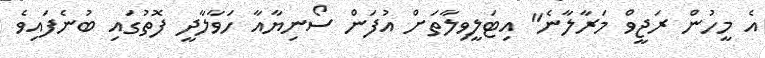
އެ މީހުން ރަޖީވް މަރާލާނެ" އިޓަލީވިލާތަށް އުފަން ސޯނިޔާއާ ހަވާލާދީ ފޮތުގައި ބުނެފައިވެ